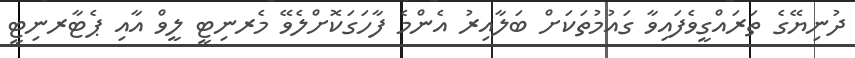
ދުނިޔޭގެ ތަރައްގީވެފައިވާ ގައުމުތަކަށް ބަލާއިރު އެންމެ ފާހަގަކޮށްލެވޭ މެރނިޓީ ލީވް އާއި ޕެޓާރނިޓީ